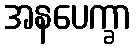
အနပေက္ခာ